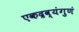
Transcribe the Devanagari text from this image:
एकद्रव्यंगुणं